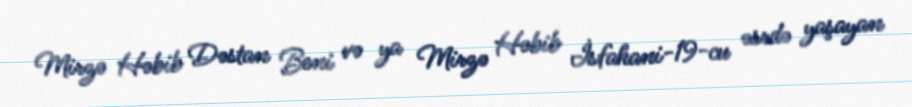
Mirzə Həbib Dəstan Beni və ya Mirzə Həbib İsfahani-19-cu əsrdə yaşayan